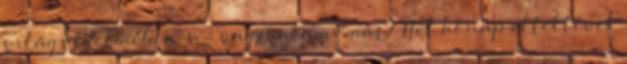
világ védelmében -- vagy valami más? Hét hónap elteltével